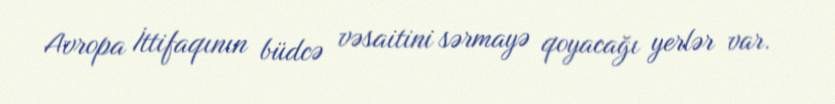
Avropa İttifaqının büdcə vəsaitini sərmayə qoyacağı yerlər var.